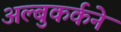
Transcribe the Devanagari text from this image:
अल्बुकर्कने